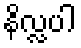
နိလ္လပါ